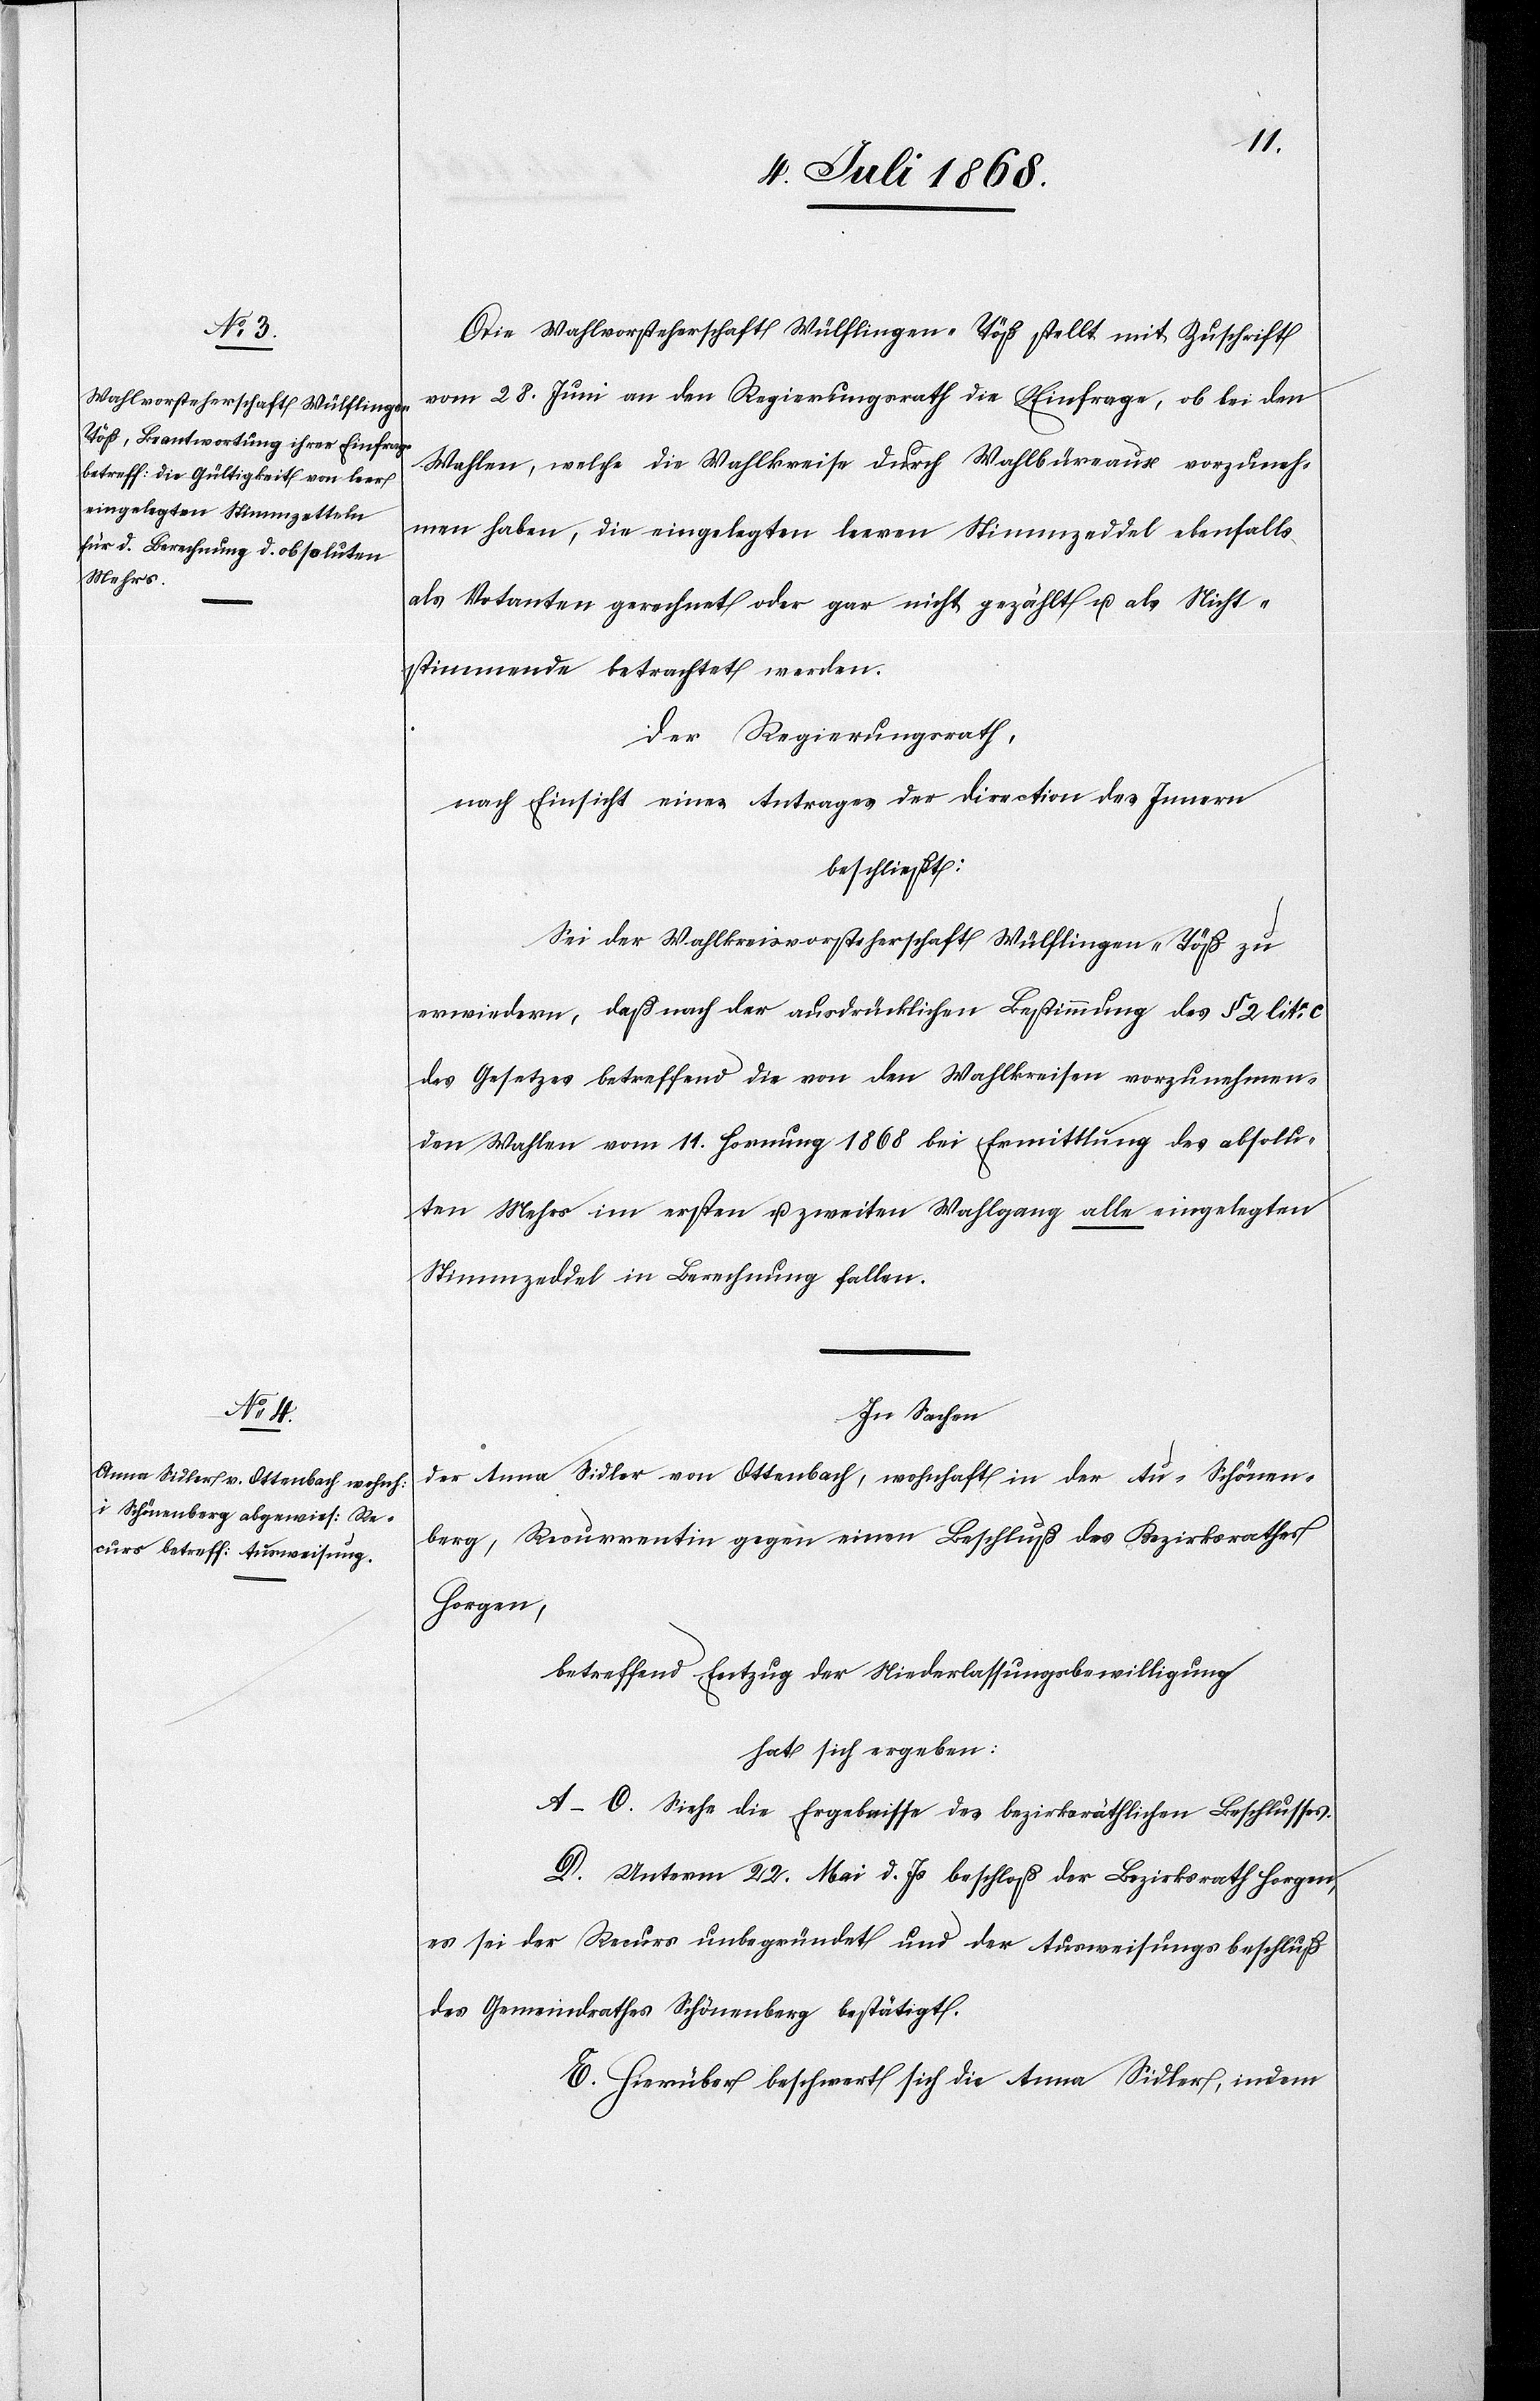
Die Wahlvorsteherschaft Wülflingen - Töß stellt mit Zuschrift
vom 28. Juni an den Regierungsrath die Einfrage, ob bei den
Wahlen, welche die Wahlkreise durch Wahlbüreaux vorzuneh¬
men haben, die eingelegten leeren Stimmzeddel ebenfalls
als Votanten gerechnet oder gar nicht gezählt u. als Nicht¬
stimmende betrachtet werden.
Der Regierungsrath,
nach Einsicht eines Antrages der Direction des Innern
beschließt:
Sei der Wahlkreisvorsteherschaft Wülflingen - Töß zu
erwiedern, daß nach der ausdrücklichen Bestimmung des § 2 lita: c
des Gesetzes betreffend die von den Wahlkreisen vorzunehmen¬
den Wahlen vom 11. Hornung 1868 bei Ermittlung des absolu¬
ten Mehrs im ersten u. zweiten Wahlgang alle eingelegten
Stimmzeddel in Berechnung fallen.
In Sachen
der Anna Sidler von Ottenbach, wohnhaft in der Au - Schönen¬
berg, Recurrentin gegen einen Beschluß des Bezirksrathes
Horgen,
betreffend Entzug der Niederlassungsbewilligung
hat sich ergeben:
A–C. Siehe die Ergebnisse des bezirksräthlichen Beschlusses.
D. Unterm 22. Mai d. Js beschloß der Bezirksrath Horgen,
es sei der Recurs unbegründet und der Ausweisungsbeschluß
des Gemeindrathes Schönenberg bestätigt.
E. Hierüber beschwert sich die Anna Sidler, indem